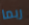
ربما